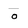
Character: o